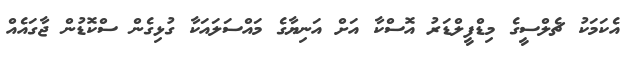
އެކަަމަކު ޗެލްސީގެ މިޑްފީލްޑަރު އޮސްކާ އަށް އަނިޔާގެ މައްސަލައަކާ ގުޅިގެން ސްކޮޑުން ޖާގައެއް